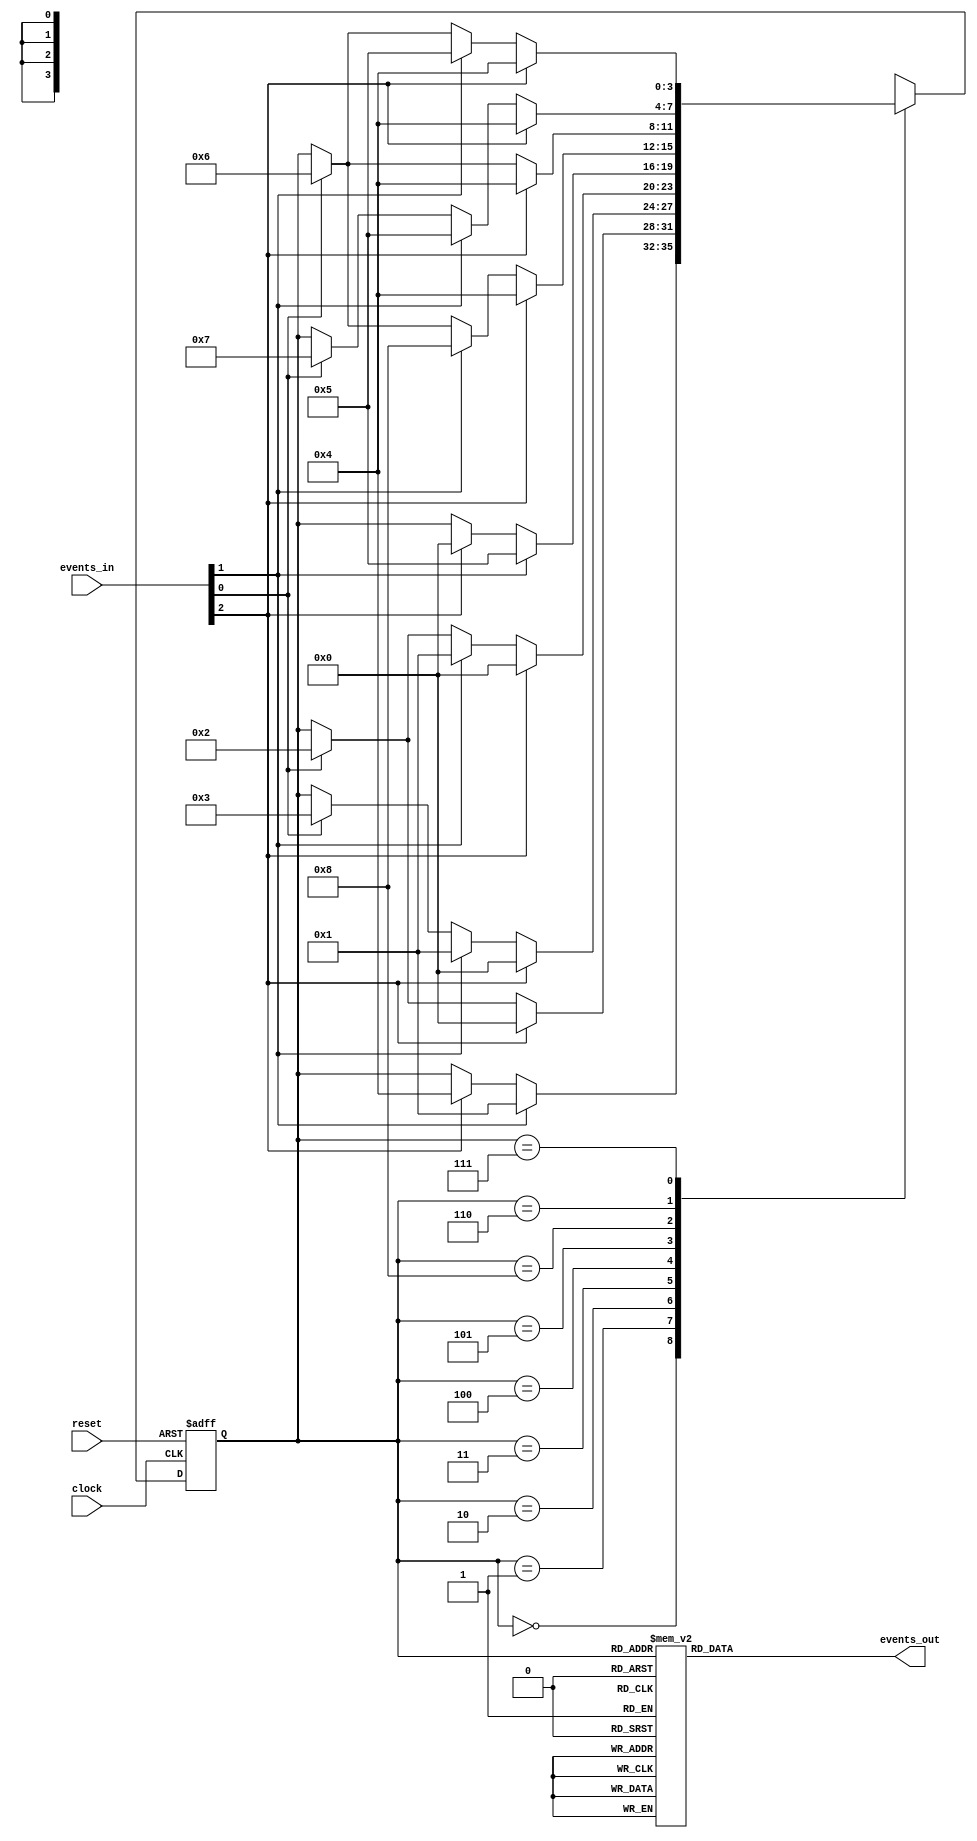
module fsm_sefunmi(clock, reset, events_in, events_out);
   input        clock;        // The system clock
   input        reset;       // Asynchronous active-low init
   input  [2:0] events_in;    // The input events
                              // - Bit 2: mode
                              // - Bit 1: action
                              // - Bit 0: stop/go
   output [9:0] events_out;   // The output events
	reg    [9:0] events_out;
   reg    [3:0] state;     // FSM state
   parameter euc = 4'b0000,  ucr = 4'b0001,ucg = 4'b0010,  ucs = 4'b0011, edc = 4'b0100, dcr1 = 4'b0101, dcr2 = 4'b1000,dcg = 4'b0110, dcs = 4'b0111;

   // State Machine
   // Make additions to the init condition and the case structure to describe the next state behavior.
   always@(posedge clock or negedge reset) begin
      if(reset == 1'b0) state <= euc;
      else begin
         case(state)
            euc:	if(events_in[1] == 1'b1) 			state <= ucr;
						else if(events_in[2] == 1'b1)		state <= edc;	
            ucr:  if(events_in[2] == 1'b1) 			state <= euc;
						else if(events_in[0] == 1'b1)		state <= ucg;
            ucg:  if(events_in[2] == 1'b1)			state <= euc;
						else if(events_in[1] == 1'b1)		state <= ucr;
						else if(events_in[0] == 1'b1)		state <= ucs;
            ucs:  if(events_in[2] == 1'b1)			state <= euc;
						else if(events_in[1] == 1'b1)		state <= ucr;
						else if(events_in[0] == 1'b1)		state <= ucg;
            edc:  if(events_in[1] == 1'b1)			state <= dcr1;
						else if(events_in[2] == 1'b1)		state <= euc;
            dcr1: if(events_in[2] == 1'b1)			state <= edc;
						else if(events_in[1] == 1'b1)		state <= dcr2;
						else if(events_in[0] == 1'b1)		state <= dcg;
				dcr2: if(events_in[2] == 1'b1)			state <= edc;
						else if(events_in[0] == 1'b1)		state <= dcg;
            dcg:  if(events_in[2] == 1'b1)			state <= edc;
						else if(events_in[1] == 1'b1)		state <= dcr1;
						else if(events_in[0] == 1'b1)		state <= dcs;
            dcs:  if(events_in[2] == 1'b1)			state <= edc;
						else if(events_in[1] == 1'b1)		state <= dcr1;
						else if(events_in[0] == 1'b1)		state <= dcg;
            default:  										state <= 4'bxxxx;
         endcase
      end
   end
										
   // Output machine
   // Make additions to the case structure to describe the output behavior for each state.
	always@(state) begin
      case(state)
         euc:      	events_out = 10'b0000110000;
         ucr:      	events_out = 10'b0000110100;
         ucg:      	events_out = 10'b0010010110;
         ucs:      	events_out = 10'b0000010101;
         edc:      	events_out = 10'b0000101000;
         dcr1:      	events_out = 10'b0001001100;
         dcr2:      	events_out = 10'b1000001100;
         dcg:      	events_out = 10'b0110001110;
         dcs:      	events_out = 10'b0000001101;
         default:  	events_out = 10'bxxxxxxxxxx;
      endcase
  end

endmodule